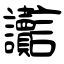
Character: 讟